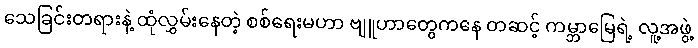
သေခြင်းတရားနဲ့ ထုံလွှမ်းနေတဲ့ စစ်ရေးမဟာ ဗျူဟာတွေကနေ တဆင့် ကမ္ဘာမြေရဲ့ လူ့အဖွဲ့